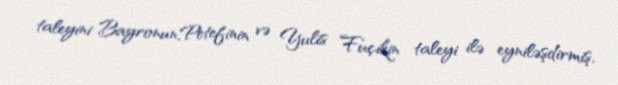
taleyini Bayronun,Petefinin və Yulis Fuçikin taleyi ilə eyniləşdirmiş,